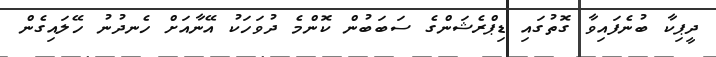
ދީޕިކާ ބުނެފައިވާ ގޮތުގައި ޑިޕްރެޝަންގެ ސަބަބުން ކޮންމެ ދުވަހަކު އޭނާއަށް ހެނދުނު ހޭލައިގެން